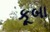
કૂબા